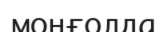
моңғолда